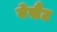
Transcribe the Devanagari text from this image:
बेसैंट